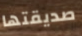
صديقتها